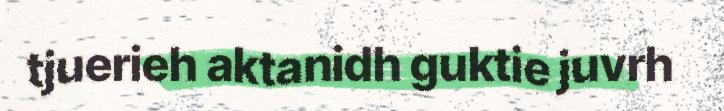
tjuerieh aktanidh guktie juvrh